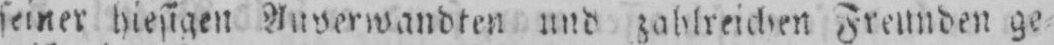
und zahlreichen Freunden ge⸗